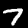
Digit: 7